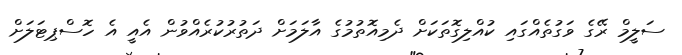
ސަލީމް ރޭގެ ވަގުތެއްގައި ކުއްލިގޮތަކަށް ދެމިއޮތުމުގެ އާލަމަށް ދަތުރުކުރެއްވުން އެއީ އެ ހޮސްޕިޓަލަަށް